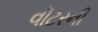
વૉટરની